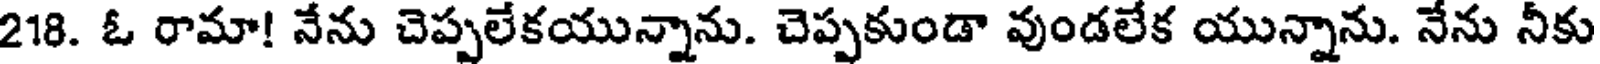
218. ఓ రామా! నేను చెప్పలేకయున్నాను. చెప్పకుండా వుండలేక యున్నాను. నేను నీకు